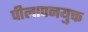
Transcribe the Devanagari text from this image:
पीलापनयुक्त